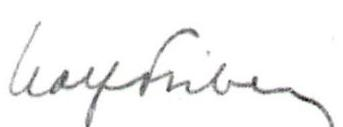
Ralf Friberg